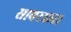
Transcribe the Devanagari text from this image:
सावरकर।